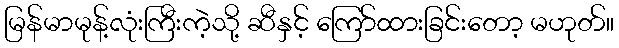
မြန်မာမုန့်လုံးကြီးကဲ့သို့ ဆီနှင့် ကြော်ထားခြင်းတော့ မဟုတ်။